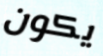
يكون